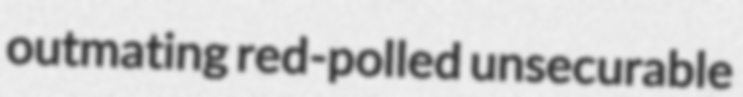
outmating red-polled unsecurable